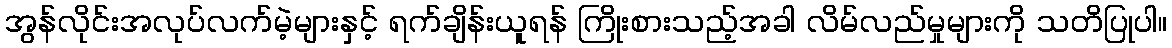
အွန်လိုင်းအလုပ်လက်မဲ့များနှင့် ရက်ချိန်းယူရန် ကြိုးစားသည့်အခါ လိမ်လည်မှုများကို သတိပြုပါ။